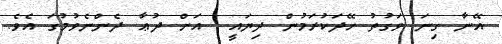
އޭނާ ގިނަ ވަގުތު ހޭދަކުރަމުން ދިޔައީ  އަށް ދުޢާ ދެންނެވުމުގަ އެވެ.